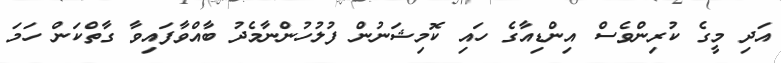
އަދި މީގެ ކުރިންވެސް އިންޑިއާގެ ހައި ކޮމިޝަނުން ފުލުހުންނާމެދު ބާއްވާފައިވާ ގާތްކަން ހަމަ